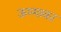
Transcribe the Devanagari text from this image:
ऊष्माका